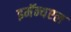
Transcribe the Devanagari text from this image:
इमॅन्यएल